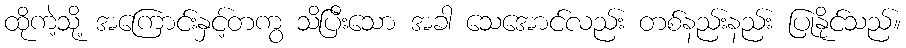
ထိုကဲ့သို့ အကြောင်းနှင့်တကွ သိပြီးသော အခါ သေအောင်လည်း တစ်နည်းနည်း ပြုနိုင်သည်။